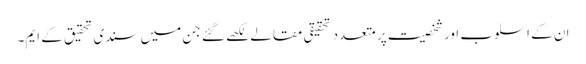
ان کے اسلوب اور شخصیت پر متعدد تحقیقی مقالے لکھے گئے جن میں سندی تحقیق کے ایم۔